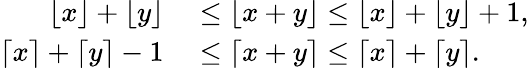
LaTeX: \begin{array}{rl}{\lfloor x\rfloor+\lfloor y\rfloor}&{{}\leq\lfloor x+y\rfloor\leq\lfloor x\rfloor+\lfloor y\rfloor+1,}\\ {\lceil x\rceil+\lceil y\rceil-1}&{{}\leq\lceil x+y\rceil\leq\lceil x\rceil+\lceil y\rceil.}\end{array}